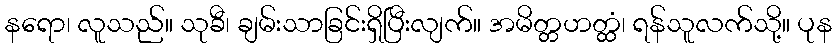
နရော၊ လူသည်။ သုခီ၊ ချမ်းသာခြင်းရှိပြီးလျက်။ အမိတ္တဟတ္ထံ၊ ရန်သူလက်သို့။ ပုန